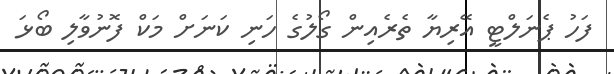
ފަހު ޕެނަލްޓީ އޭރިޔާ ތެރެއިން ގޯލުގެ ހަނި ކަނަށް މަކް ފޮނުވާލި ބޯޅަ